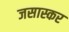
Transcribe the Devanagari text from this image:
जसास्कर